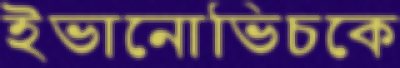
ইভানোভিচকে